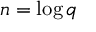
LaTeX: n = \log { q }